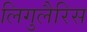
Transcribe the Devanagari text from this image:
लिगुलैरिस